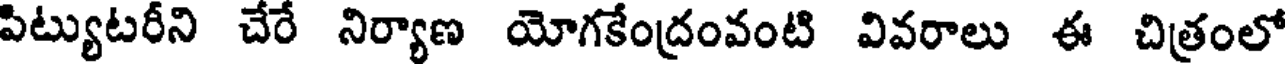
పిట్యుటరీని చేరే నిర్యాణ యోగకేంద్రంవంటి వివరాలు ఈ చిత్రంలో